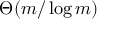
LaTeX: \Theta ( m / \log m )